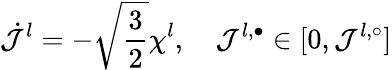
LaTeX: \dot{\mathcal{J}}^{l}=-\sqrt{\frac{3}{2}}\chi^{l},\quad\mathcal{J}^{l,\bullet}\in[0,\mathcal{J}^{l,\circ}]